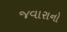
જવારાનો